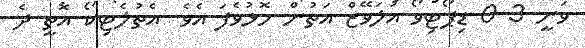
ވަނީ 3-0 ޑިޕޯޓިވޯ އަލަވޭޒް އަތުން މޮޅުވެފަ އެވެ. އެތުލެޓިކޯ އޮތީ ދެ